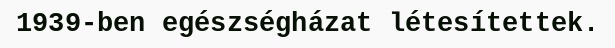
1939-ben egészségházat létesítettek.